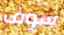
سوف